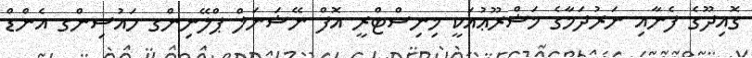
ގޮއިދޫގެ ފެނާއި ނަރުދަމާގެ މަޝްރޫޢުއަކީ މިނިސްޓްރީ އޮފް ނޭޝަނަލް ޕްލޭނިންގ ހައުސިންގ އެންޑް